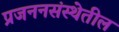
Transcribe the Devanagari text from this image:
प्रजननसंस्थेतील